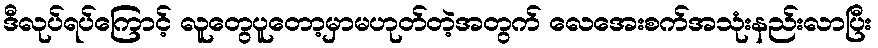
ဒီလုပ်ရပ်ကြောင့် လူတွေပူတော့မှာမဟုတ်တဲ့အတွက် လေအေးစက်အသုံးနည်းလာပြီး